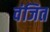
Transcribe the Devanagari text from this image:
वंजित